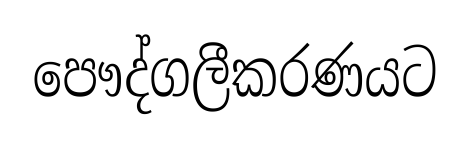
පෞද්ගලීකරණයට